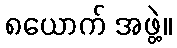
၈ယောက် အဖွဲ့။